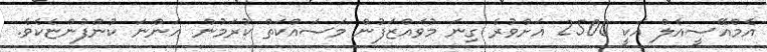
އެމްއޭސީއެލް އަކީ 2500 އަށްވުރެ ގިނަ މުވައްޒަފުން މަސައްކަތް ކުރަމުން އަންނަ ކުންފުންޏެކެވެ.